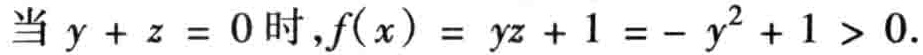
当 \(y + z = 0\) 时，\(f(x) = yz + 1 = - y^{2} + 1 > 0\)。